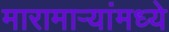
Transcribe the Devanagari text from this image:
मारामाऱ्यांमध्ये